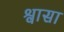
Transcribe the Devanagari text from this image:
श्वासा